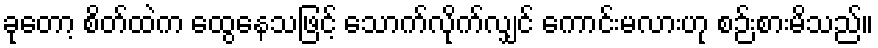
ခုတော့ စိတ်ထဲက ထွေနေသဖြင့် သောက်လိုက်လျှင် ကောင်းမလားဟု စဉ်းစားမိသည်။